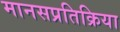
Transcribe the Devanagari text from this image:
मानसप्रतिक्रिया